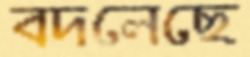
বদলেছে